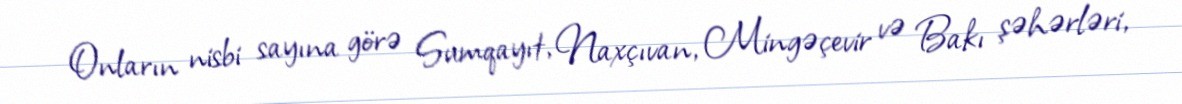
Onların nisbi sayına görə Sumqayıt, Naxçıvan, Mingəçevir və Bakı şəhərləri,